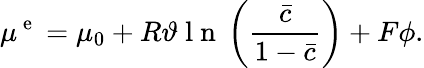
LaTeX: \mu^{\mathrm{~e~}}=\mu_{0}+R\vartheta\mathrm{~l~n~}\left(\frac{\bar{c}}{1-\bar{c}}\right)+F\phi.